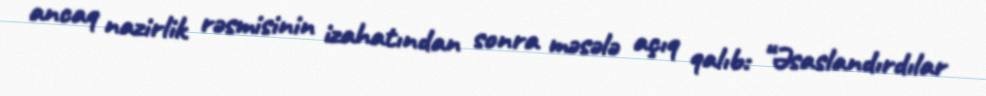
ancaq nazirlik rəsmisinin izahatından sonra məsələ açıq qalıb: “Əsaslandırdılar